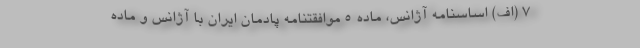
۷ (اف) اساسنامه آژانس، ماده ۵ موافقتنامه پادمان ایران با آژانس و ماده